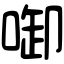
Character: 啣